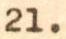
21.